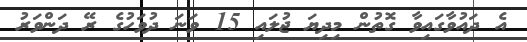
އެ ދައުވާގައިވާ ގޮތުން މިދިޔަ ޖުލައި 15 ވަނަ ދުވަހުގެ ރޭ ދަންވަރު